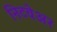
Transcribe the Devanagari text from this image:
निटवेअर